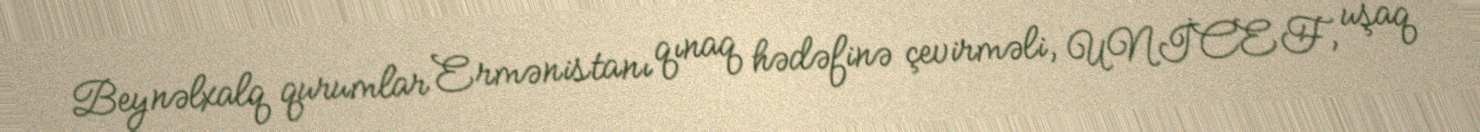
Beynəlxalq qurumlar Ermənistanı qınaq hədəfinə çevirməli, UNİCEF, uşaq